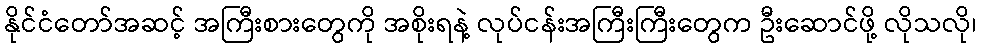
နိုင်ငံတော်အဆင့် အကြီးစားတွေကို အစိုးရနဲ့ လုပ်ငန်းအကြီးကြီးတွေက ဦးဆောင်ဖို့ လိုသလို၊